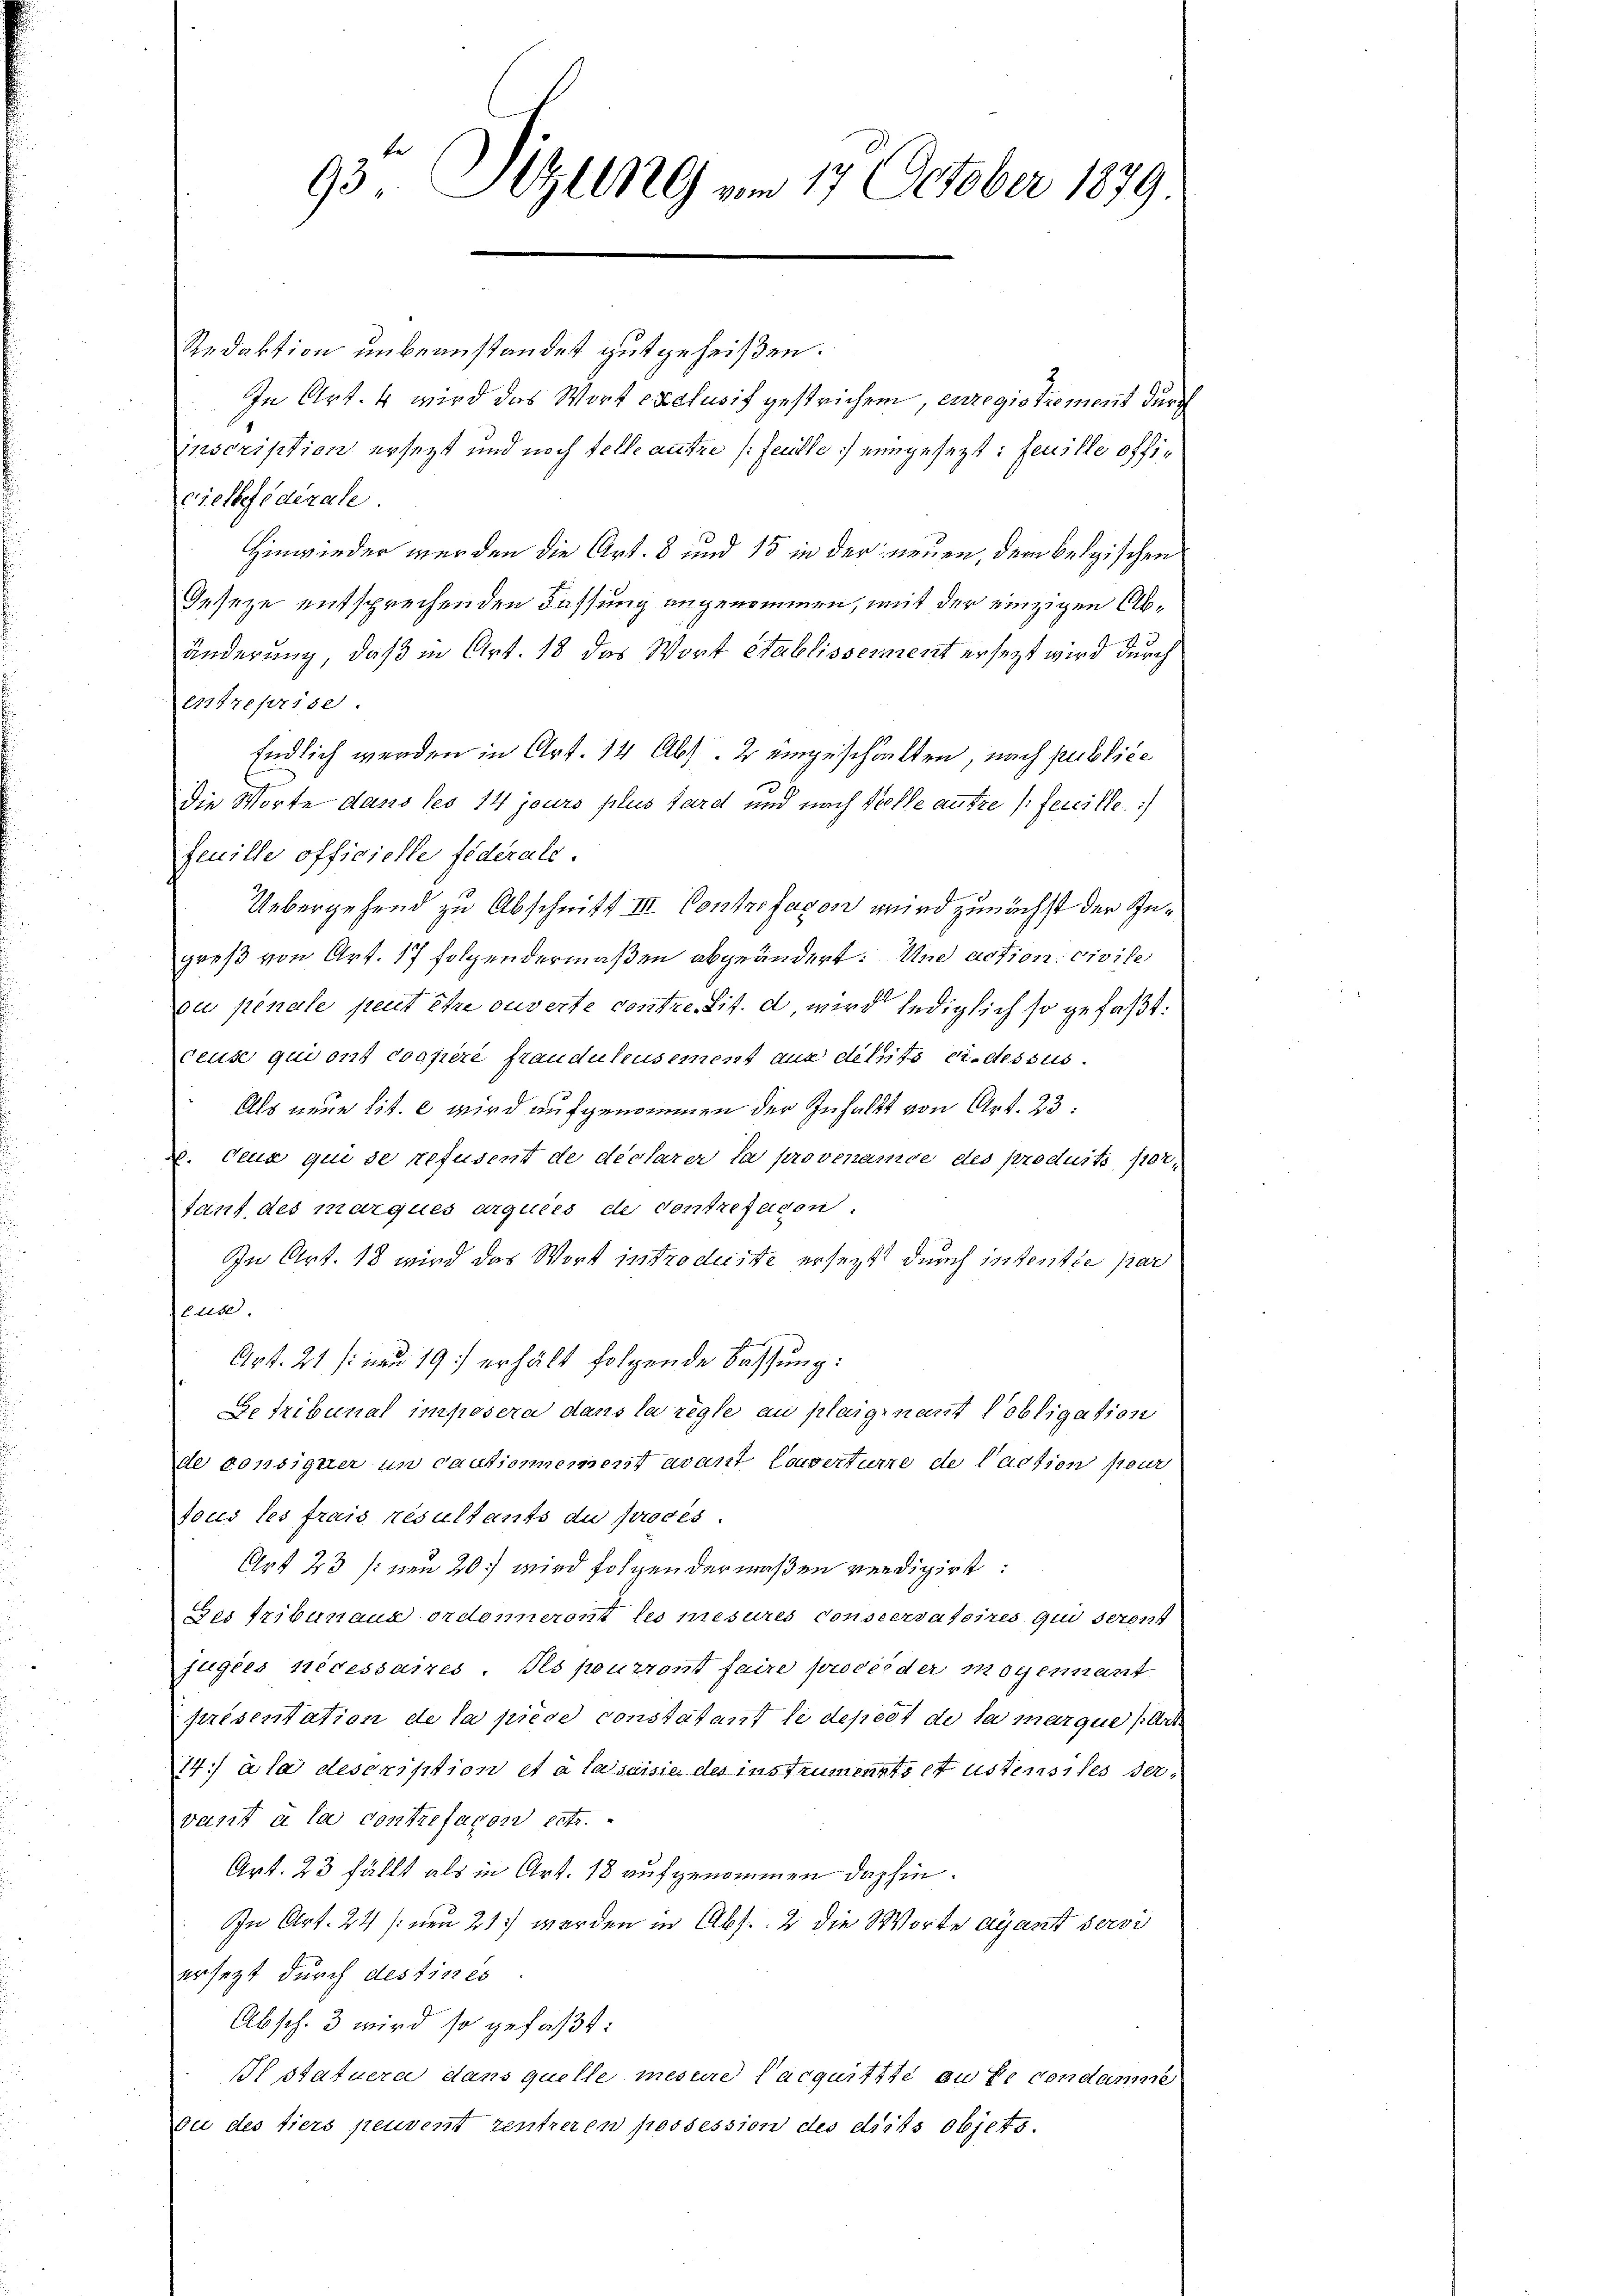
93. Sitzung am 17. October 1879

Redaktion unbeanstandet gutgeheißen.
In Art. 4 wird das Wort exclusif gestrichen, erregistrement durch
inscription ersetzt und noch telle autre (Feulle) eingesezt: feuille officielefoderale.
Hinwieder werden die Art. 8 und 15 in der neuen, dem belgischen
Geseze entsprechenden Fassung angenommen, mit der einzigen Abänderung, daß in Art. 18 das Wort Stablisserment ersezt wird durch
entreprise.
Endlich werden in Art. 14 Abs. 2 eingeschielten, nach publice
die Worte dans les 14 jours plus tard und nach Vielle aufze / feuille.
feuille officielle federale.
Uebergehend zu Abschnitt III. Contrefagen wird zunächst der Ingreß von Art. 17 folgendermaßen abgeändert. Und action civile
ou penale peut ihre ouverte contre tit. d, wird lediglich so gefaßt:
ceuse qui ont copiere frauduleusement aus deseits ci-dessus.
Als neue Lit. c wird aufgenommen der Inhalt von Art. 23.
x. Ceux qui se refusent de declarer la provenance des produits, sortant des marques argutes de contrefadon.
In Art. 18 wird das Wort introduite ersezt durch intentée par
euse
Art. 21 /: und 19 erhält folgende Fassung:
Getribunal imposera dans la regle au plaigenant obligation
de konsigner un cautionnement avant Couverture de l’action pour
fous les frais résultants du proces
Art 23 /: von 20.) wird folgen der maßen verdigirt:
des Tribunaus ordeneront les mesures conservatoires qui derens
jugées nécessaires. Ils pourront faire proceder mogenant
présentation de la pièce constatant le depert de la marque (Art
14.) à la description et à laisaisia des instruments et ustensiles dervant à la contrefagen ertr
Art. 23 fällt als in Art. 18 aufgenommen dahin.
In Art. 24 s. den 21) werden in Abs. 2 die Worte ayant servi
ersezt durch destinés
Absch. 3 wird so gefaßt:
Istatuera dans quelle mesure acquisite an Er condame
ou des tiers peuvent zentreten possession des drits objets.